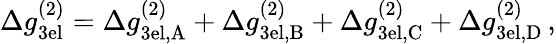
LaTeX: \Delta g_{\mathrm{3el}}^{(2)}=\Delta g_{\mathrm{3el,A}}^{(2)}+\Delta g_{\mathrm{3el,B}}^{(2)}+\Delta g_{\mathrm{3el,C}}^{(2)}+\Delta g_{\mathrm{3el,D}}^{(2)}\, ,